Vaccination in Bombay 1863-1868 - 1863-1868
Year: 1863
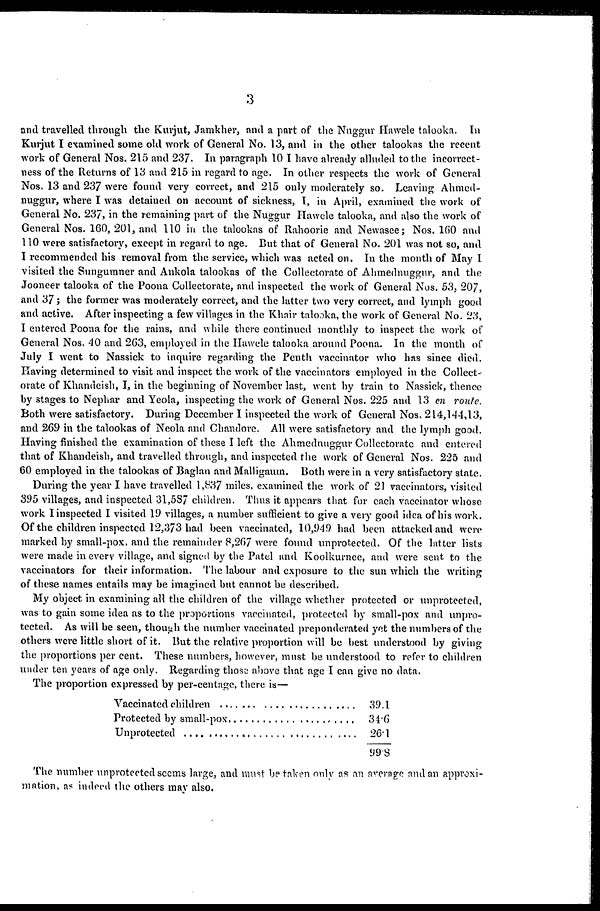
3
and travelled through the Kurjut, Jamkher, and a part of the Nuggur Hawele talooka. In
Kurjut I examined some old work of General No. 13, and in the other talookas the recent
work of General Nos. 215 and 237. In paragraph 10 I have already alluded to the incorrect-
ness of the Returns of 13 and 215 in regard to age. In other respects the work of General
Nos. 13 and 237 were found very correct, and 215 only moderately so. Leaving Ahmed¬
nuggur, where I was detained on account of sickness, I, in April, examined the work of
General No. 237, in the remaining part of the Nuggur Hawele talooka, and also the work of
General Nos. 160, 201, and 110 in the talookas of Rahoorie and Newasee; Nos. 160 and
110 were satisfactory, except in regard to age. But that of General No. 201 was not so, and
I recommended his removal from the service, which was acted on. In the month of May I
visited the Sungumner and Ankola talookas of the Collectorate of Ahmednuggur, and the
Jooneer talooka of the Poona Collectorate, and inspected the work of General Nos. 53, 207,
and 37; the former was moderately correct, and the latter two very correct, and lymph good
and active. After inspecting a few villages in the Khair talooka, the work of General No. 23,
I entered Poona for the rains, and while there continued monthly to inspect the work of
General Nos. 40 and 263, employed in the Hawele talooka around Poona. In the month of
July I went to Nassick to inquire regarding the Penth vaccinator who has since died.
Having determined to visit and inspect the work of the vaccinators employed in the Collect¬
orate of Khandeish, I, in the beginning of November last, went by train to Nassick, thence
by stages to Nephar and Yeola, inspecting the work of General Nos. 225 and 13 en route.
Both were satisfactory. During December I inspected the work of General Nos. 214,144,13,
and 269 in the talookas of Neola and Chandore. All were satisfactory and the lymph good.
Having finished the examination of these I left the Ahmednuggur Collectorate and entered
that of Khandeish, and travelled through, and inspected the work of General Nos. 225 and
60 employed in the talookas of Baglan and Malligaum. Both were in a very satisfactory state.
During the year I have travelled 1,837 miles, examined the work of 21 vaccinators, visited
395 villages, and inspected 31,587 children. Thus it appears that for each vaccinator whose
work I inspected I visited 19 villages, a number sufficient to give a very good idea of his work.
Of the children inspected 12,373 had been vaccinated, 10,949 had been attacked and were
marked by small-pox. and the remainder 8,267 were found unprotected. Of the latter lists
were made in every village, and signed by the Patel and Koolkurnee, and were sent to the
vaccinators for their information. The labour and exposure to the sun which the writing
of these names entails may be imagined but cannot be described.
My object in examining all the children of the village whether protected or unprotected,
was to gain some idea as to the proportions vaccinated, protected by small-pox and unpro-
tected. As will be seen, though the number vaccinated preponderated yet the numbers of the
others were little short of it. But the relative proportion will be best understood by giving
the proportions per cent. These numbers, however, must be understood to refer to children
under ten years of age only. Regarding those above that age I can give no data.
The proportion expressed by per-centage, there is—
Vaccinated children .............................
Protected by small-pox .......................
Unprotected ..............................
39.1
34.6
26.1
99.8
The number unprotected seems large, and must be taken only as an average and an approxi-
mation, as indeed the others may also.